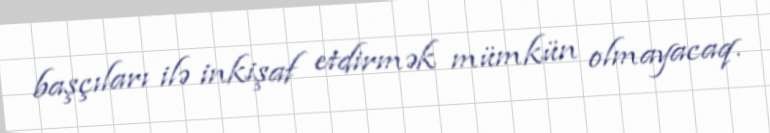
başçıları ilə inkişaf etdirmək mümkün olmayacaq.